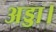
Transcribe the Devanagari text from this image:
अड्डा।